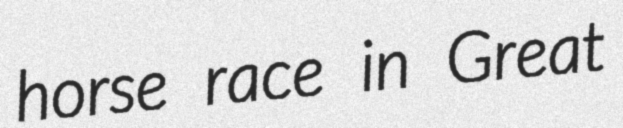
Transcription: horse race in Great